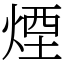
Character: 煙